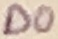
Text: D0